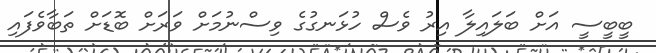
ބީބީސީ އަށް ބަލައިލާ އިރު ވެސް ހުޅަނގުގެ ވިސްނުމަށް ވަރަށް ބޮޑަށް ތަބާވެފައި